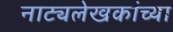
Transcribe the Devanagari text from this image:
नाट्यलेखकांच्या